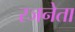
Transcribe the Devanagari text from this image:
रजनेता